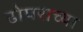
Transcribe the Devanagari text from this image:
ढोपराच्या